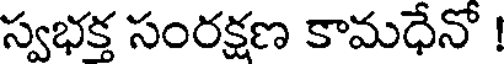
స్వభక్త సంరక్షణ కామధేనో !